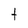
Character: t